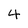
Character: 4